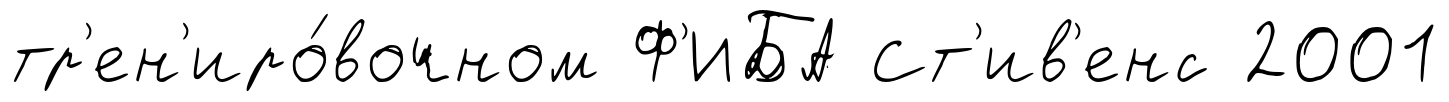
тр'ен'иро́вочном Ф'ИБА Ст'ив'енс 2001